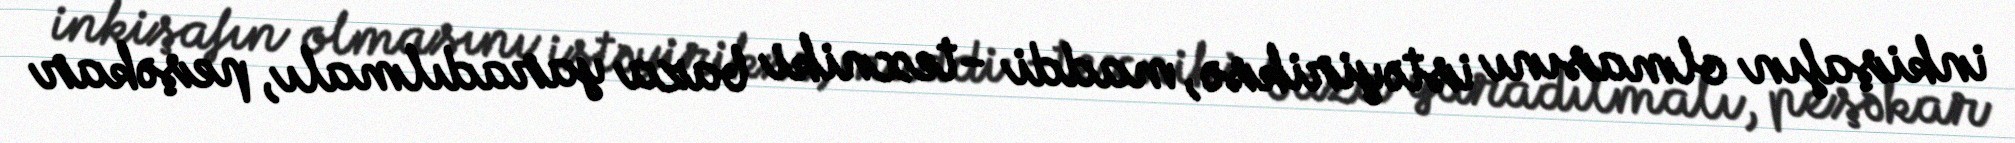
inkişafın olmasını istəyiriksə, maddi -texniki baza yaradılmalı, peşəkar